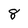
Character: 8